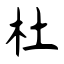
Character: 杜